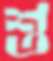
শু